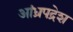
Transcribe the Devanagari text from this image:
आंध्रपद्रेश